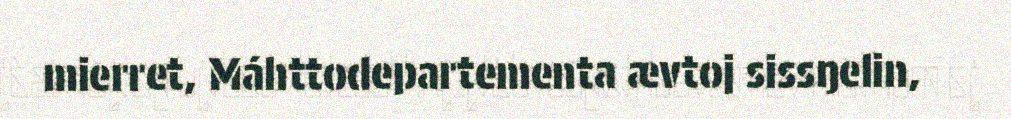
mierret, Máhttodepartementa ævtoj sissŋelin,